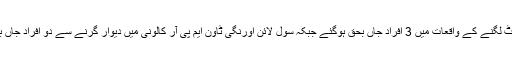
پولیس کے مطابق سرجانی ٹائون ، کلفٹن بلاول ہائوس کے قریب اور نارتھ کراچی میں کرنٹ لگنے کے واقعات میں 3 افراد جاں بحق ہوگئے جبکہ سول لائن اورنگی ٹاون ایم پی آر کالونی میں دیوار گرنے سے دو افراد جاں بحق ہو گئے جبکہ برسات کے بعد شہر کے مختلف علاقوں میں بجلی بھی غائب ہوگئی ہے۔